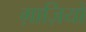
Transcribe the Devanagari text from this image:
ग़ाज़ियों